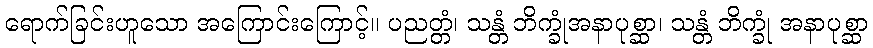
ရောက်ခြင်းဟူသော အကြောင်းကြောင့်။ ပညတ္တံ၊ သန္တံ ဘိက္ခုံအနာပုစ္ဆာ၊ သန္တံ ဘိက္ခုံ အနာပုစ္ဆာ